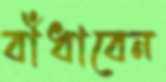
বাঁধাবেন